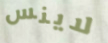
لاينس